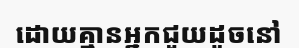
ដោយគ្មានអ្នកជួយដូចនៅ